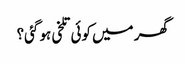
گھر میں کوئی تلخی ہو گئی؟